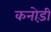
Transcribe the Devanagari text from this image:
कनोड़ी